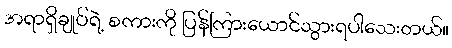
အရာရှိချုပ်ရဲ့ စကားကို ပြန်ကြားယောင်သွားရပါသေးတယ်။